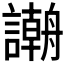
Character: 𲁻